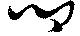
卿